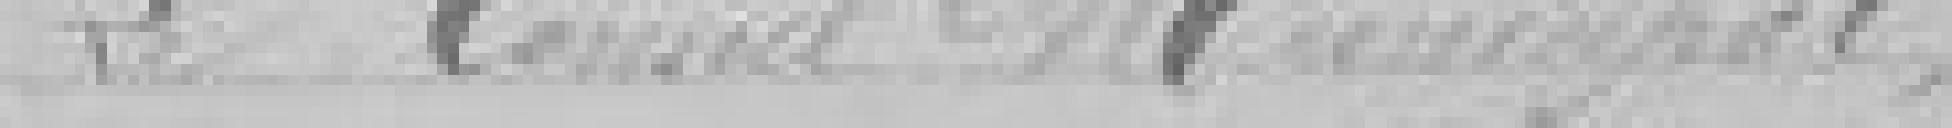
Le Conseil Municipal